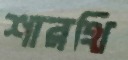
শারথি